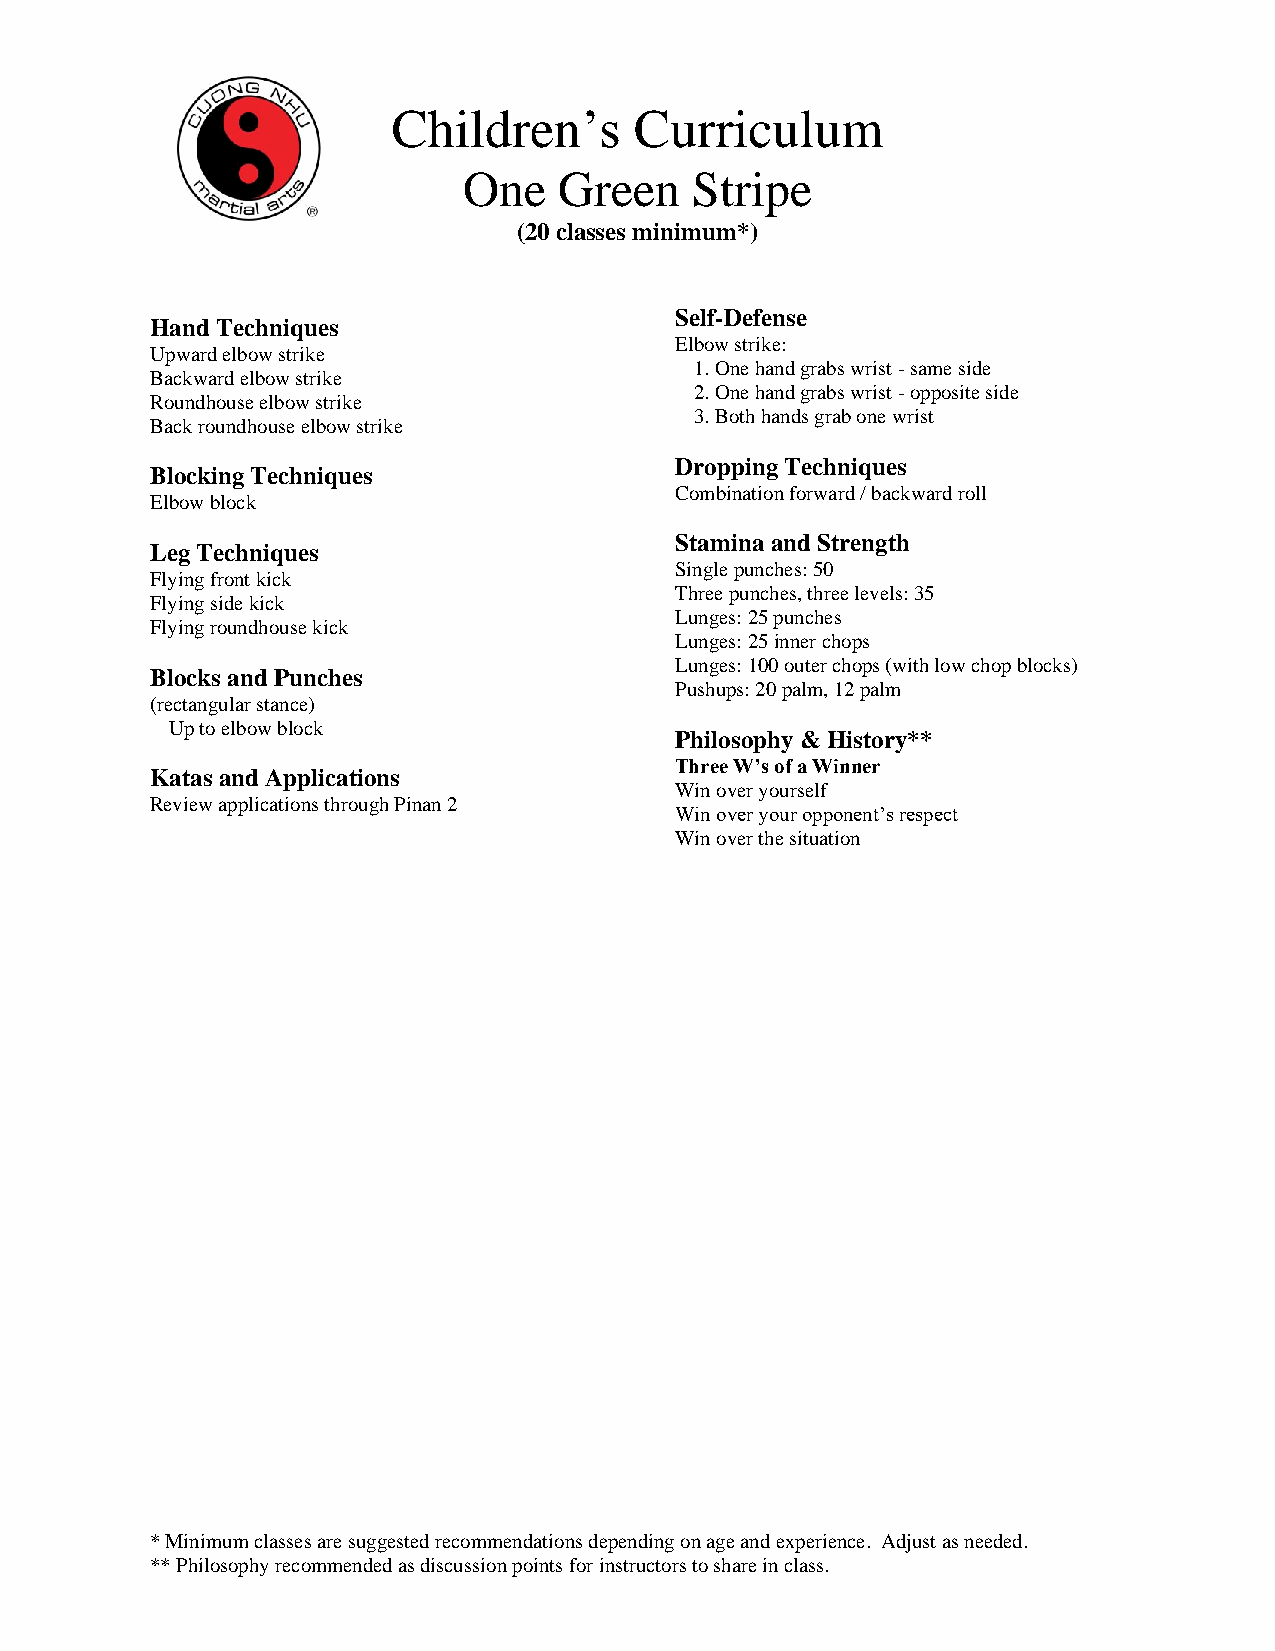
Children’s      Curriculum
 One   Green    Stripe
 (20 classes minimum*)
 Self-Defense
 Hand Techniques
 Elbow strike:
 Upward elbow strike
 1. One hand grabs wrist - same side
 Backward elbow strike
 2. One hand grabs wrist - opposite side
 Roundhouse elbow strike
 3. Both hands grab one wrist
 Back roundhouse elbow strike
 Dropping Techniques
 Blocking Techniques
 Combination forward / backward roll
 Elbow block
 Leg Techniques
 Stamina and Strength
 Single punches: 50
 Flying front kick
 Three punches, three levels: 35
 Flying side kick
 Lunges: 25 punches
 Flying roundhouse kick
 Lunges: 25 inner chops
 Lunges: 100 outer chops (with low chop blocks)
 Blocks and Punches
 Pushups: 20 palm, 12 palm
 (rectangular stance)
 Up to elbow block
 Philosophy & History**
 Three W’s of a Winner
 Katas and Applications
 Win over yourself
 Review applications through Pinan 2
 Win over your opponent’s respect
 Win over the situation
 * Minimum classes are suggested recommendations depending on age and experience. Adjust as needed.
 ** Philosophy recommended as discussion points for instructors to share in class.